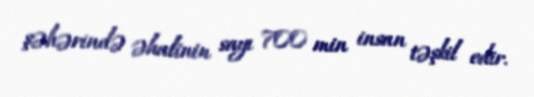
şəhərində əhalinin sayı 700 min insan təşkil edir.